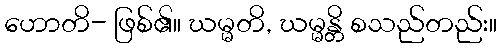
ဟောတိ- ဖြစ်၏။ ဃမ္မတိ, ဃမ္မန္တိ စသည်တည်း။